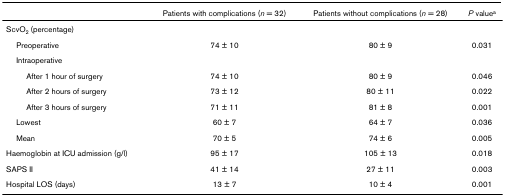
<table><thead><tr><td></td><td><b>Patients with complications (<i>n </i>= 32)</b></td><td><b>Patients without complications (<i>n </i>= 28)</b></td><td><b><i>P </i>value<sup>a</sup></b></td></tr></thead><tbody><tr><td>ScvO<sub>2 </sub>(percentage)</td><td></td><td></td><td></td></tr><tr><td> Preoperative</td><td>74 ± 10</td><td>80 ± 9</td><td>0.031</td></tr><tr><td> Intraoperative</td><td></td><td></td><td></td></tr><tr><td>After 1 hour of surgery</td><td>74 ± 10</td><td>80 ± 9</td><td>0.046</td></tr><tr><td>After 2 hours of surgery</td><td>73 ± 12</td><td>80 ± 11</td><td>0.022</td></tr><tr><td>After 3 hours of surgery</td><td>71 ± 11</td><td>81 ± 8</td><td>0.001</td></tr><tr><td> Lowest</td><td>60 ± 7</td><td>64 ± 7</td><td>0.036</td></tr><tr><td> Mean</td><td>70 ± 5</td><td>74 ± 6</td><td>0.005</td></tr><tr><td>Haemoglobin at ICU admission (g/l)</td><td>95 ± 17</td><td>105 ± 13</td><td>0.018</td></tr><tr><td>SAPS II</td><td>41 ± 14</td><td>27 ± 11</td><td>0.003</td></tr><tr><td>Hospital LOS (days)</td><td>13 ± 7</td><td>10 ± 4</td><td>0.001</td></tr></tbody></table>